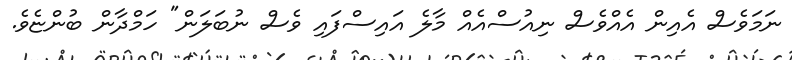
ނަމަވެސް އެއިން އެއްވެސް ނިއުސްއެއް މާލެ އައިސްފައި ވެސް ނުބަލަން" ހަމްދާން ބުންޏެވެ.